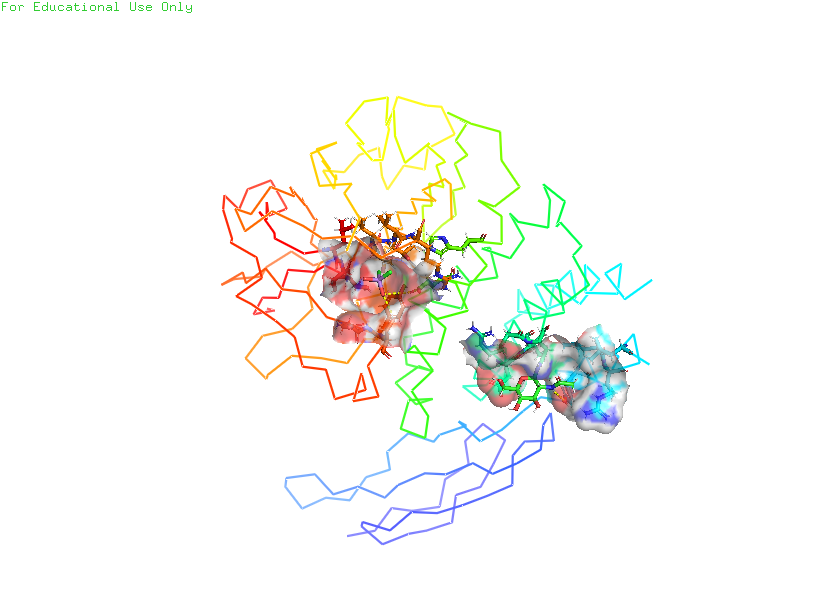
pymol, preset, ligand_sites_trans_hq